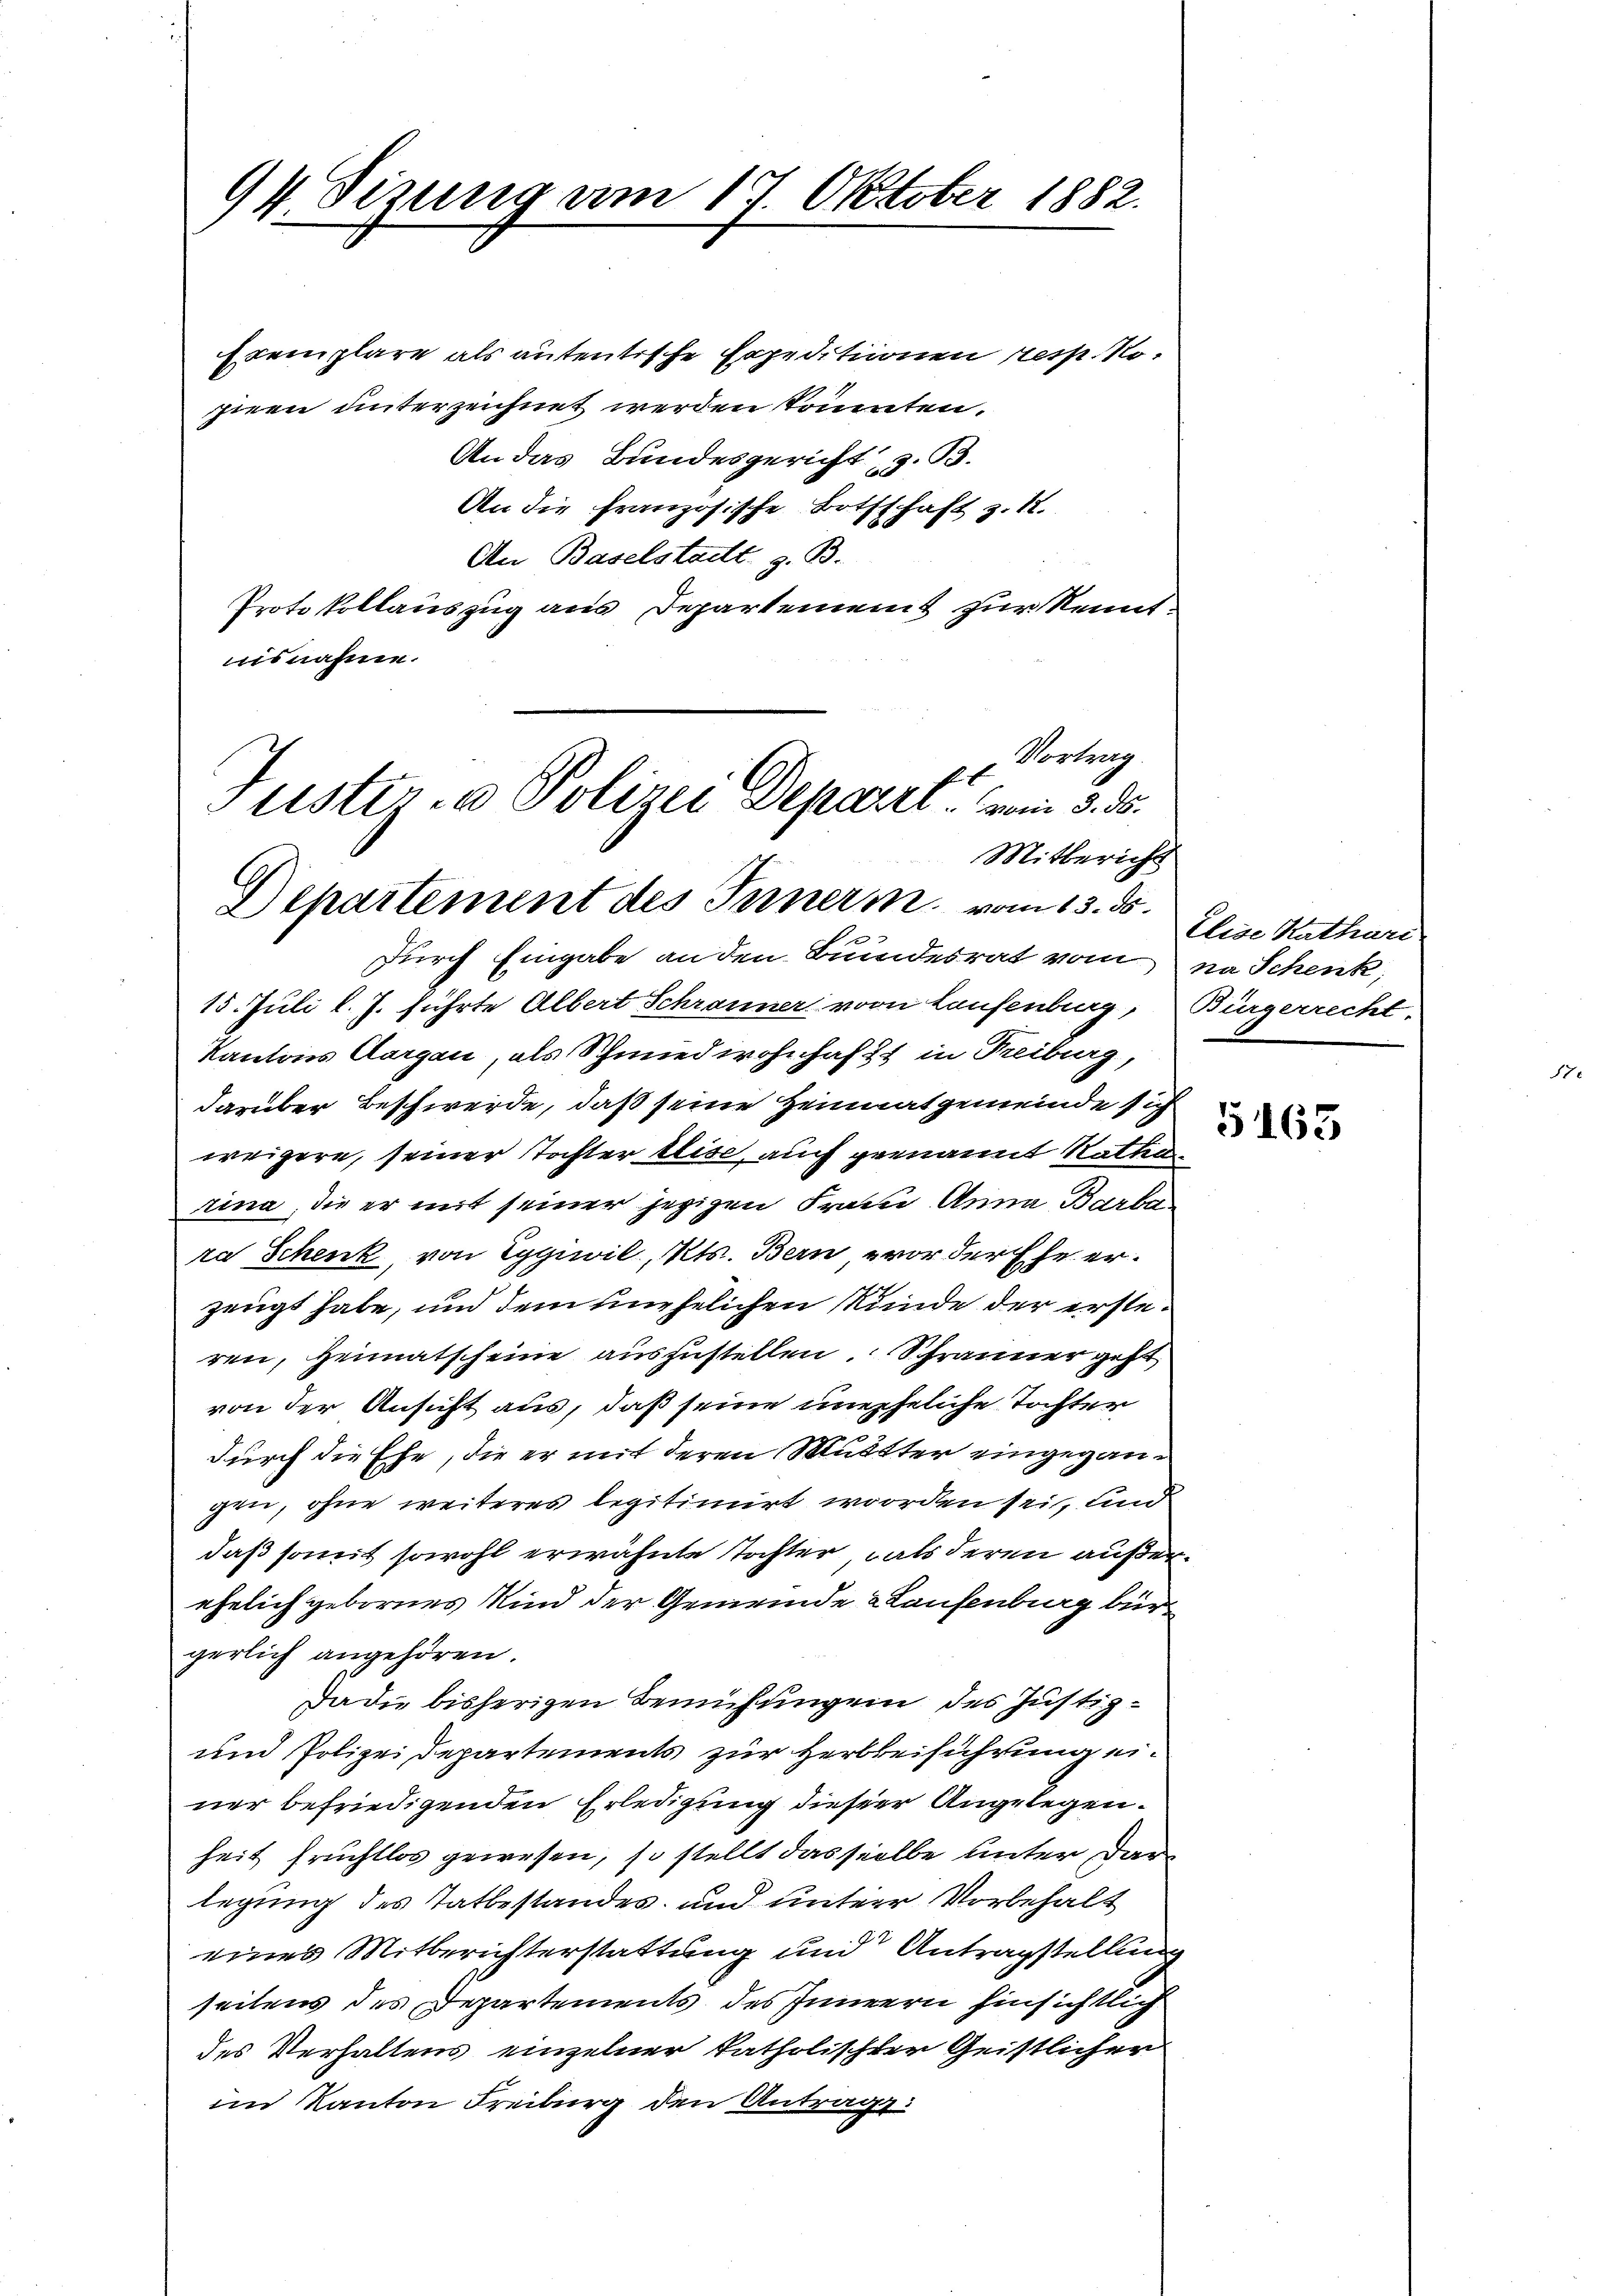
94 Sizung am 17. Oktober 1882.

Exemplare als autentische Expeditionen resp. Nopieen unterzeichnet werden könnten.
An das Bundesgericht z. B.
An die französische Bothschaft z. 12.
An Baselstadt, z. B.
Protokollauszug aus Departement zur Kenntisnahme.

Vortrag
t
Justiz- u Polizei Depart. vom 3. ds.
Mitbericht
Departement des Innern vom 13. ds.

durch Eingabe an den Bundesrat vom na Schenk,
15. Juli l. J. führte Albert Schranner von Laufenburg,
Kantons Aargau, als Schmied wohnhaft in Freiburg
darüber Beschwerde, daß seine Heimatgemeinde sich
weigere, seiner Tochter Elise, auch genannt Statten
rina, die er mit seiner jezigen Frau Anna Barba
ra Schenk, von Eggiwil, Kts. Bern vor der Ehe er¬
.
zeugt habe, und dem unehelichen Stunde der ersteren, Heimatscheine auszustellen. Schränner geht
von der Ansicht aus, daß seine uneheliche Tochter
durch die Ehe, die er mit deren Mutter eingegangen, ohne weiteres legitimirt worden sei, und
daß somit sowohl erwähnte Tochter, als deren außer
ehelich gebornes Kind der Gemeinde Kaufenburg bürgerlich angehören.
Da die bisherigen Bemühungen des Justiz¬
und Polizei Departements zur Herbbeiführung einer befriedigenden Erledigung dieser Angelegenheit fruchtlos gewesen, so stellt dasselbe unter darlegung des Tatbestandes, und unterer Vorbehalt
eines Mitberichterstattung und Antragstellung
seitens des Departements des Innern hinsichtlich
des Verhaltens einzelner katholischter Geistlicher
im Kanton Freiburg den Antrage:

Elige Kathari
Bürgerrecht.

5163